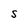
Character: S